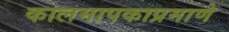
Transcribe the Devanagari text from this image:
कालमापकाप्रमाणे